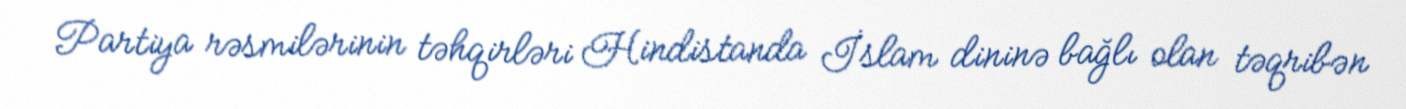
Partiya rəsmilərinin təhqirləri Hindistanda İslam dininə bağlı olan təqribən